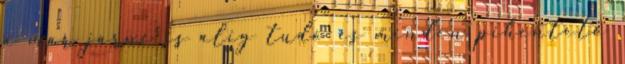
a már járni is alig tudó és minden pihentető